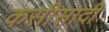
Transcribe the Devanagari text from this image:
कसीसादी